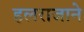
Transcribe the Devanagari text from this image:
हलराजाने